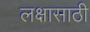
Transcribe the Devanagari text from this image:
लक्षासाठी